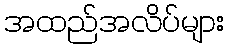
အထည်အလိပ်များ